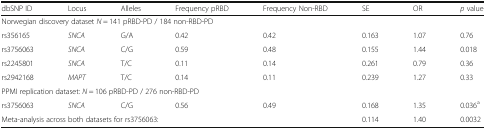
<table><thead><tr><td><b>dbSNP ID</b></td><td><b>Locus</b></td><td><b>Alleles</b></td><td><b>Frequency pRBD</b></td><td><b>Frequency Non-RBD</b></td><td><b>SE</b></td><td><b>OR</b></td><td><b><i>p</i> value</b></td></tr></thead><tbody><tr><td colspan="8">Norwegian discovery dataset <i>N</i> = 141 pRBD-PD / 184 non-RBD-PD</td></tr><tr><td>rs356165</td><td><i>SNCA</i></td><td>G/A</td><td>0.42</td><td>0.42</td><td>0.163</td><td>1.07</td><td>0.76</td></tr><tr><td>rs3756063</td><td><i>SNCA</i></td><td>C/G</td><td>0.59</td><td>0.48</td><td>0.155</td><td>1.44</td><td>0.018</td></tr><tr><td>rs2245801</td><td><i>SNCA</i></td><td>T/C</td><td>0.11</td><td>0.14</td><td>0.261</td><td>0.79</td><td>0.36</td></tr><tr><td>rs2942168</td><td><i>MAPT</i></td><td>T/C</td><td>0.14</td><td>0.11</td><td>0.239</td><td>1.27</td><td>0.33</td></tr><tr><td colspan="8">PPMI replication dataset: <i>N</i> = 106 pRBD-PD / 276 non-RBD-PD</td></tr><tr><td>rs3756063</td><td><i>SNCA</i></td><td>C/G</td><td>0.56</td><td>0.49</td><td>0.168</td><td>1.35</td><td>0.036<sup>a</sup></td></tr><tr><td colspan="5">Meta-analysis across both datasets for rs3756063:</td><td>0.114</td><td>1.40</td><td>0.0032</td></tr></tbody></table>